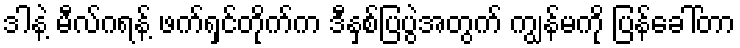
ဒါနဲ့ မီလ်ဂရန့် ဖက်ရှင်တိုက်က ဒီနှစ်ပြပွဲအတွက် ကျွန်မကို ပြန်ခေါ်တာ